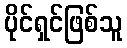
ပိုင်ရှင်ဖြစ်သူ